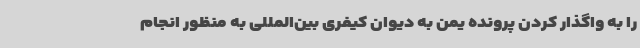
را به واگذار کردن پرونده یمن به دیوان کیفری بین‌المللی به منظور انجام